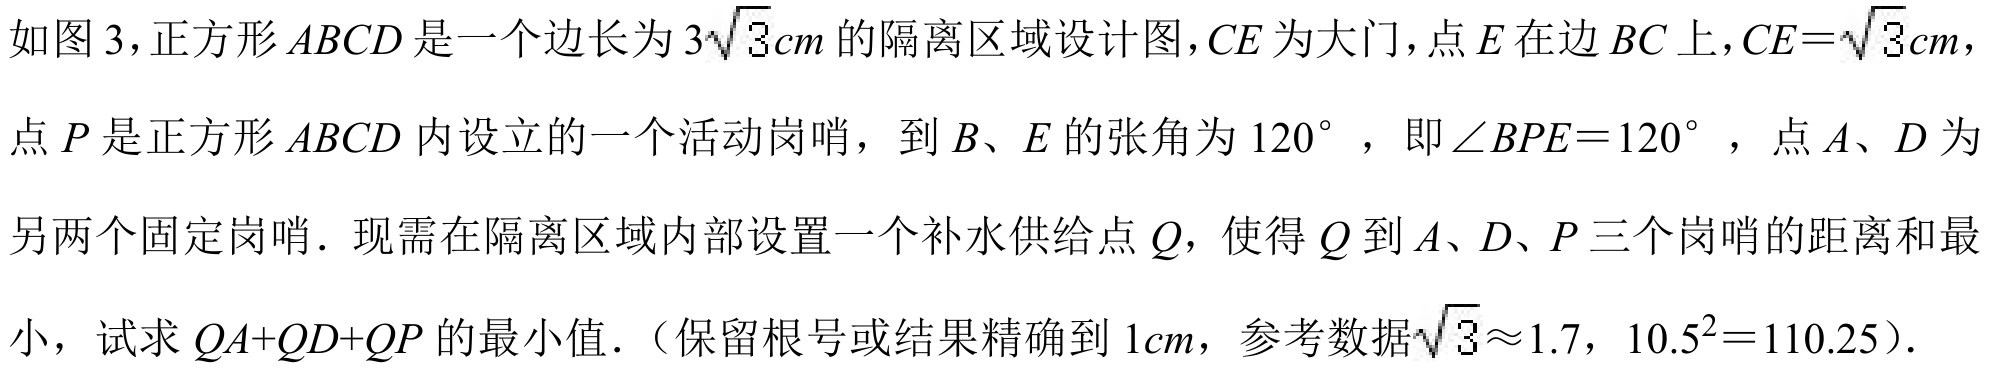
如图3，正方形\(ABCD\)是一个边长为\(3\sqrt{3}cm\)的隔离区域设计图，\(CE\)为大门，点\(E\)在边\(BC\)上，\(CE = \sqrt{3}cm\)，点\(P\)是正方形\(ABCD\)内设立的一个活动岗哨，到\(B\)、\(E\)的张角为\(120^{\circ}\)，即\(\angle BPE = 120^{\circ}\)，点\(A\)、\(D\)为另两个固定岗哨．现需在隔离区域内部设置一个补水供给点\(Q\)，使得\(Q\)到\(A\)、\(D\)、\(P\)三个岗哨的距离和最小，试求\(QA + QD+QP\)的最小值．（保留根号或结果精确到\(1cm\)，参考数据\(\sqrt{3}\approx1.7\)，\(10.5^{2}=110.25\)）．